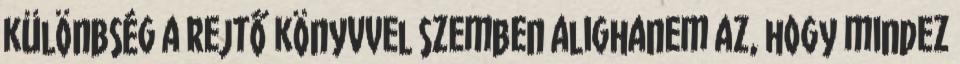
különbség a Rejtő könyvvel szemben alighanem az, hogy mindez